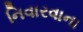
નિવારવાના